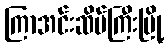
ကြာအင်းဆိပ်ကြီးမြို့